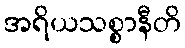
အရိယသစ္စာနီတိ